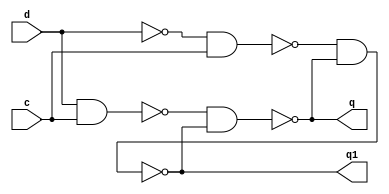
module latchD (q, q1, d, c);

	input d, c;
	output q, q1;
	wire w1, w2;
	
	nand (w1, d, c);
	nand (w2, ~d, c);
	nand (q, w1, q1);
	nand (q1, w2, q);

endmodule //latchD
/*
module clock (clk);
 output clk;
 reg    clk;

 initial
  begin
   clk = 1'b0;
  end

 always
  begin
   #1 clk = ~clk;
  end
endmodule //endClock
*/
module Exercicio01;

	reg [0:4]a;
	reg d, clk;
	wire q, q1, q2, q3, q4, q5, s;
	
	//clock clk (clk);
	latchD L1 (q, q1, d, clk);
	latchD L2 (q2, q3, q, clk);
	latchD L3 (q4, q5, q2, clk);
	and (s, q, q3, q4);
	
	initial
	begin
		
		a = 5'b10101;
		#1 d = a[0]; clk = 0;
		$monitor ("a = %b dado = %b  saida = %b", a, d, s); 
		#1 d = a[0]; clk = 1;
		#1 d = a[1]; clk = 0;
		#1 d = a[1]; clk = 1;
		#1 d = a[2]; clk = 0;
		#1 d = a[2]; clk = 1;
		#1 d = a[3]; clk = 0;
		#1 d = a[3]; clk = 1;	
		#1 d = a[4]; clk = 0;
		#1 d = a[4]; clk = 1;
				
	end
endmodule